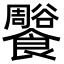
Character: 𩟨